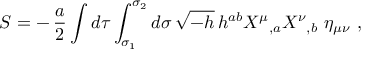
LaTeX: S = - \, { \frac { a } { 2 } } \int d \tau \int _ { \sigma _ { 1 } } ^ { \sigma _ { 2 } } d \sigma \, \sqrt { - h } \, h ^ { a b } X ^ { \mu } \mathstrut _ { , a } X ^ { \nu } \mathstrut _ { , b } \, \, \eta _ { \mu \nu } \ ,